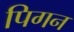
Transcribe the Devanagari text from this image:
पिगन